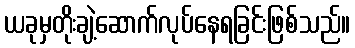
ယခုမှတိုးချဲ့ဆောက်လုပ်နေရခြင်းဖြစ်သည်။